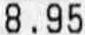
8.95